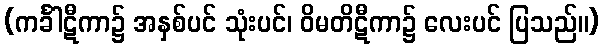
(ကင်္ခါဋီကာ၌ အနှစ်ပင် သုံးပင်၊ ဝိမတိဋီကာ၌ လေးပင် ပြသည်။)